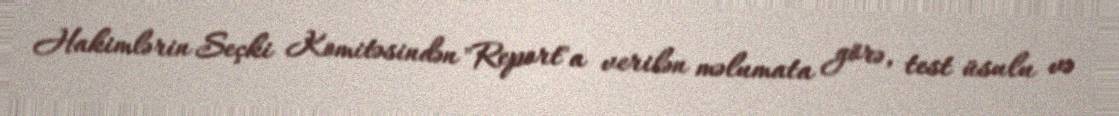
Hakimlərin Seçki Komitəsindən "Report"a verilən məlumata görə, test üsulu və